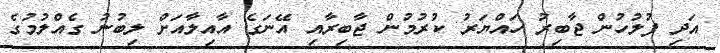
އަދި ފުލުހުން ޖާބިރު ހައްޔަރު ކުރުމުން ޖާބިރާއި އޭނަގެ އާއިލާއަށް ލިބުނު ގެއްލުމުގެ